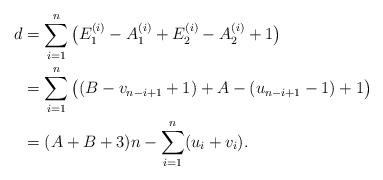
LaTeX: \begin{align*}d&=\sum _{i=1} ^{n}\big(E^{(i)}_1 -A^{(i)}_1 +E^{(i)}_2 -A^{(i)}_2+1\big)\\&=\sum _{i=1} ^{n}\big((B-v_{n-i+1}+1) +A-(u_{n-i+1}-1)+1\big)\\&=(A+B+3)n-\sum _{i=1} ^{n}(u_i+v_i).\end{align*}